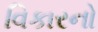
વિકારનો